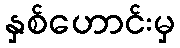
နှစ်ဟောင်းမှ